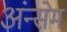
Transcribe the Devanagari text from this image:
अंन्सेम